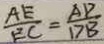
\frac { A E } { E C } = \frac { A D } { D B }